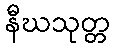
နီဃသုတ္တ